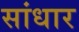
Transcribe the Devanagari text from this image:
सांधार